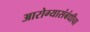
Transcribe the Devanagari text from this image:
आरोग्यासंबंधीचा